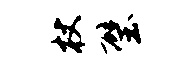
杖璧